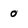
Character: 0